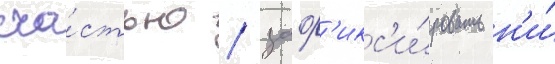
сча́стью / заф'икс'и́ровать н'и́